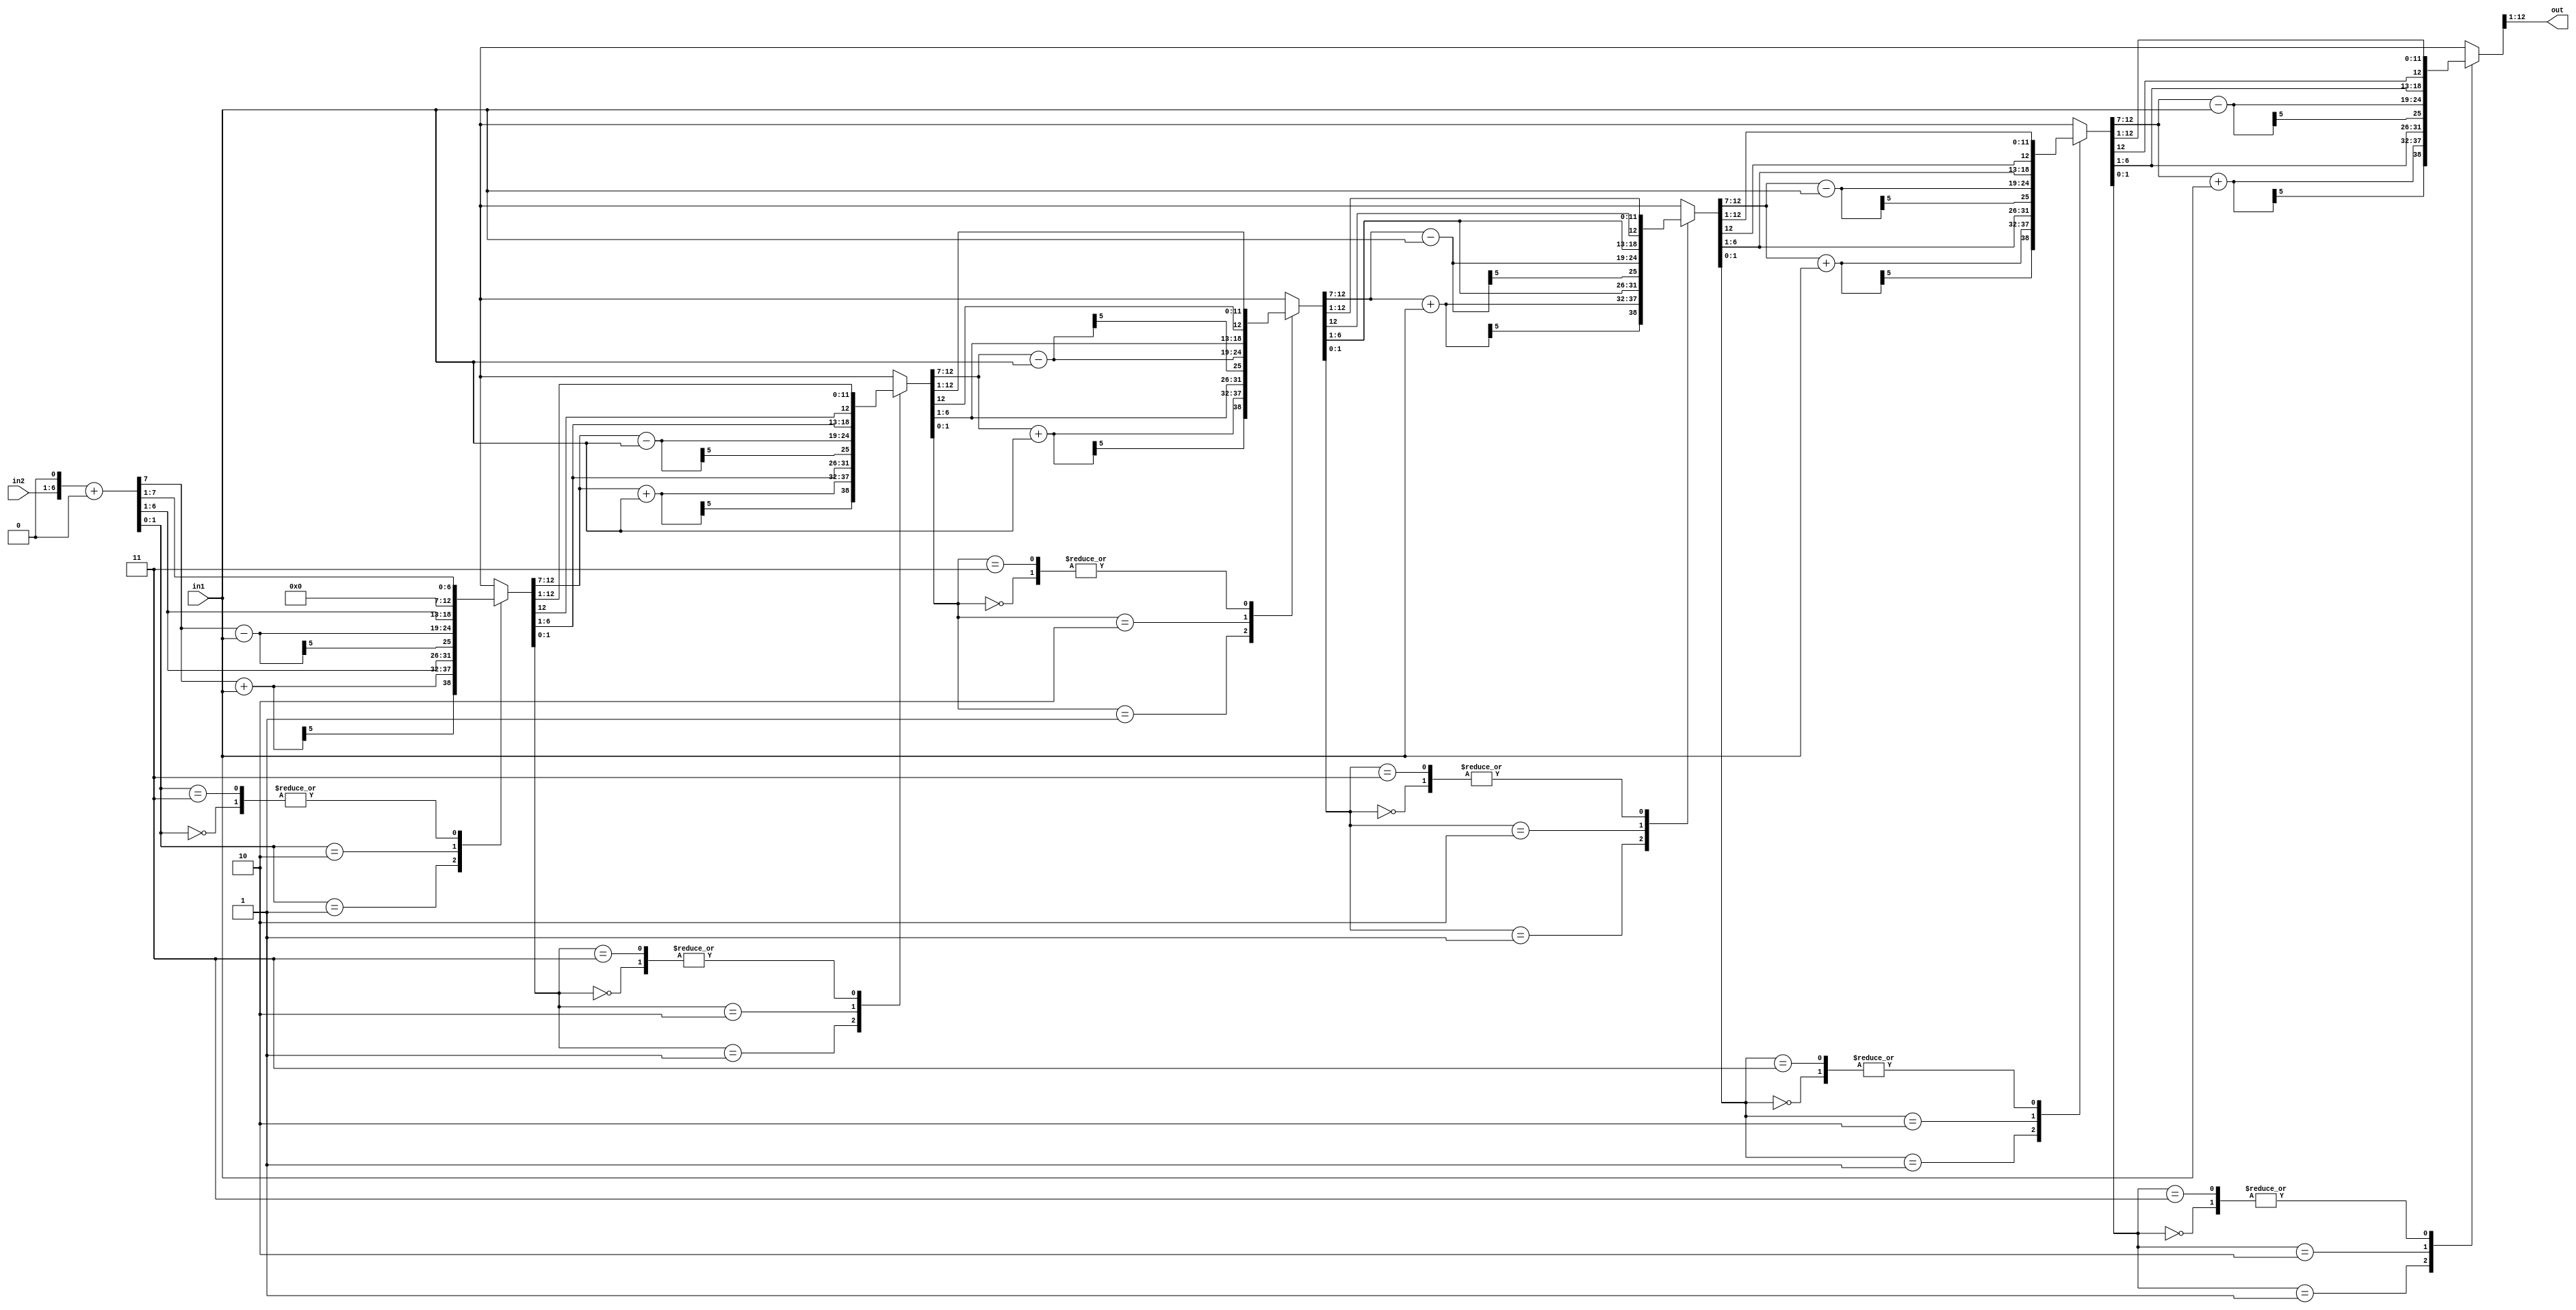
`timescale 1ns / 10ps
module booth(out, in1, in2);

parameter width = 6;

input  	[width-1:0]   in1; //multiplicand
input  	[width-1:0]   in2; //multiplier
output  [2*width-1:0] out; //product

/*write your code here*/

reg [2*width:0]  P; 
reg [3:0]   i;

assign out = P[2*width:1];

always@(*)begin
    P = (in2 << 1) + 13'b0;
    for(i = 0; i< width; i = i+1)begin
		case(P[1:0])
			2'b00:begin 
				P = $signed(P) >>> 1 ;
			end
			2'b01:begin
				P = $signed({P[2*width:width+1]+in1, P[width:0]}) >>> 1;
			end
			2'b10:begin
				P = $signed({P[2*width:width+1]-in1, P[width:0]}) >>> 1;
			end
			2'b11:begin
				P = $signed(P) >>> 1;
			end
			default:begin
			end
		endcase
    end
end




endmodule